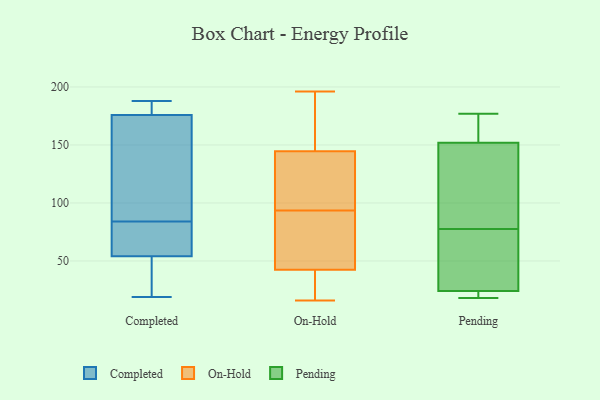
{"axis": {"x": "Humidity (%)", "y": "Value"}, "legend": ["Completed", "On-Hold", "Pending"], "data": [{"x": "", "y": 186, "type": "Completed"}, {"x": "", "y": 19, "type": "Completed"}, {"x": "", "y": 19, "type": "Completed"}, {"x": "", "y": 57, "type": "Completed"}, {"x": "", "y": 163, "type": "Completed"}, {"x": "", "y": 94, "type": "Completed"}, {"x": "", "y": 44, "type": "Completed"}, {"x": "", "y": 181, "type": "Completed"}, {"x": "", "y": 180, "type": "Completed"}, {"x": "", "y": 87, "type": "Completed"}, {"x": "", "y": 188, "type": "Completed"}, {"x": "", "y": 57, "type": "Completed"}, {"x": "", "y": 84, "type": "Completed"}, {"x": "", "y": 81, "type": "Completed"}, {"x": "", "y": 53, "type": "Completed"}, {"x": "", "y": 192, "type": "On-Hold"}, {"x": "", "y": 45, "type": "On-Hold"}, {"x": "", "y": 167, "type": "On-Hold"}, {"x": "", "y": 60, "type": "On-Hold"}, {"x": "", "y": 196, "type": "On-Hold"}, {"x": "", "y": 16, "type": "On-Hold"}, {"x": "", "y": 122, "type": "On-Hold"}, {"x": "", "y": 40, "type": "On-Hold"}, {"x": "", "y": 122, "type": "On-Hold"}, {"x": "", "y": 18, "type": "On-Hold"}, {"x": "", "y": 109, "type": "On-Hold"}, {"x": "", "y": 78, "type": "On-Hold"}, {"x": "", "y": 177, "type": "Pending"}, {"x": "", "y": 19, "type": "Pending"}, {"x": "", "y": 24, "type": "Pending"}, {"x": "", "y": 46, "type": "Pending"}, {"x": "", "y": 99, "type": "Pending"}, {"x": "", "y": 138, "type": "Pending"}, {"x": "", "y": 118, "type": "Pending"}, {"x": "", "y": 18, "type": "Pending"}, {"x": "", "y": 40, "type": "Pending"}, {"x": "", "y": 169, "type": "Pending"}, {"x": "", "y": 121, "type": "Pending"}, {"x": "", "y": 18, "type": "Pending"}, {"x": "", "y": 55, "type": "Pending"}, {"x": "", "y": 21, "type": "Pending"}, {"x": "", "y": 164, "type": "Pending"}, {"x": "", "y": 158, "type": "Pending"}, {"x": "", "y": 56, "type": "Pending"}, {"x": "", "y": 152, "type": "Pending"}]}